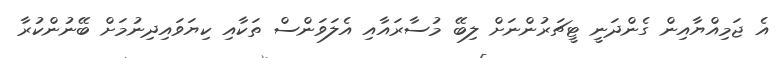
އެ ޖަމިއްޔާއިން ގެންދަނީ ޓީޗަރުންނަށް ލިބޭ މުސާރައާއި އެލަވަންސް ތަކާއި ކިޔަވައިދިނުމަށް ބޭނުންކުރާ